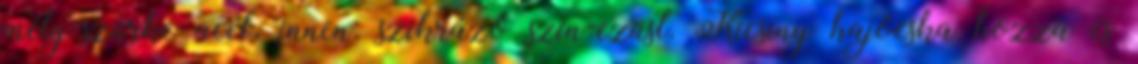
mély-szürke acél, innen: szikrázó szín-ezüst. Kicsiny hajócska hozza és